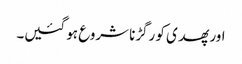
اور پھدی کو رگڑنا شروع ہو گئیں۔